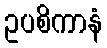
ဥပစိကာနံ